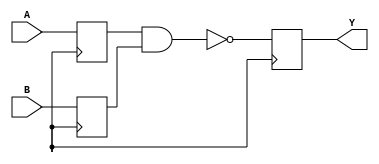
module NAND_Gate_Delay (
    input A,
    input B,
    output Y
);

reg synchronized_A;
reg synchronized_B;

always @(posedge clk) begin
    synchronized_A <= A;
    synchronized_B <= B;
end

always @(posedge clk) begin
    Y <= ~(synchronized_A & synchronized_B);
end

endmodule